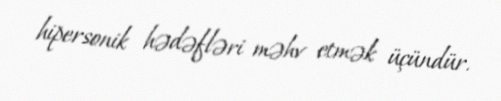
hipersonik hədəfləri məhv etmək üçündür.